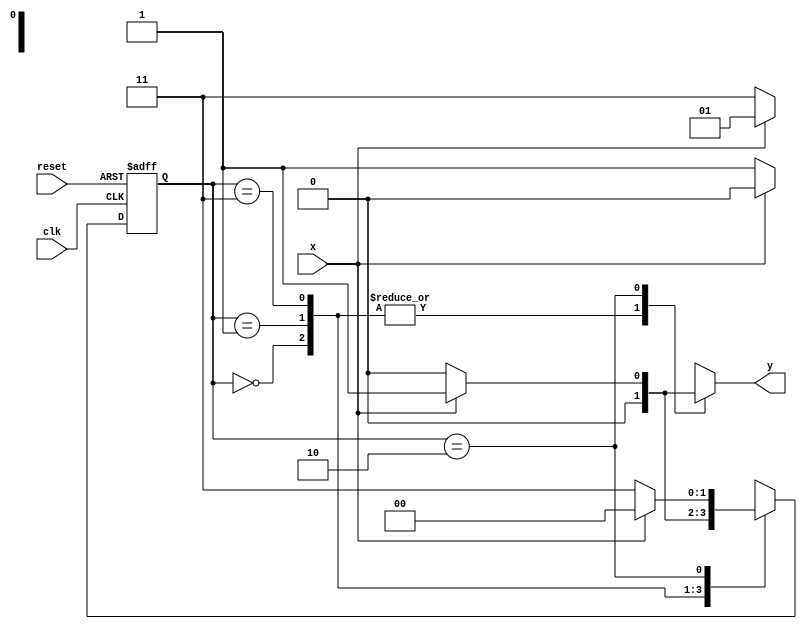
// -------------------------
// Exemplo0056 - Mealy (000 ou  111)
// Nome: Rayan Darwin 
// ------------------------- 

//------
//--Mealy FSM
//------

//constant definitions
`define found 1
`define notfound 0

//FSM by Mealy
module mealy000111(y, x, clk, reset);
	output y;
	input x;
	input clk;
	input reset;
	
	reg y;

	parameter //state identifiers
	start = 3'b000, 
	
	id1 = 3'b001, 
	id11 = 3'b011, 
	
	id110 = 3'b010,
	id010 = 3'b000;

	reg[1:0]E1; //current state variables
	reg[1:0]E2; //next stat logic output

	//next state logic
	always @(x or E1) begin
		y = `notfound;
	case(E1)
	start:
		if(x)
			E2 = id1;
		else
			E2 = id11;
//----------------------------------------	
	id1:
		if(x)
			E2 = id110;
		else
			E2 = id11;
	id11:
		if(x)
			E2 = id1;
		else
			E2 = id010;			
//----------------------------------------				
	//----------------------------//
//----------------------------------------	
   id110:
		if(x) begin
			E2 = start;
			y = `found;
		end
		else begin
			E2 = id11;
			y = `notfound;
		end
		
	id010:
		if(x) begin
			E2 = id1;
			y = `notfound;
		end
		else begin
			E2 = start;
			y = `found;
		end
//----------------------------------------		
	default:  //undefined state
		E2 = 2'bxx;
	endcase
	
	end // always at signal or state changing

	//state variables
	always @(posedge clk or negedge reset) begin
		if(reset)
			E1 = E2; //updates current state
		else
			E1 = 0; //reset

	end // always at signal changing

endmodule // mealy000111	

module testMealy000111; 
	reg clk, reset, x; 
	wire m1; 
		
		mealy000111 mealy1 ( m1, x, clk, reset ); 

	initial begin 
		$display ("Exemplo0056 - Rayan Darwin - 412770");
		$display ( "Time 	X  Mealy" ); 
		
		// initial values 
		clk = 1; 
		reset = 0; 
		x = 0; 
		
		// input signal changing 
		#5 reset = 1; 
		#10 x = 1; 
		#10 x = 1; 
		#10 x = 1; 
		#10 x = 0; 
		#10 x = 1; 
		#10 x = 0; 
		#10 x = 0;
		#10 x = 0; 
		#10 x = 1; 
		#10 x = 1;
		#10 x = 1; 
		#10 x = 0; 
		#10 x = 0; 
		#10 x = 1; 
		#10 x = 1; 
		#10 x = 1;
		#30 $finish; 
		
	end // initial 
		
	always 
		#5 clk = ~clk; 
		
	always @( posedge clk ) begin 
		$display ( "%4d %4b %4b", $time, x, m1 ); 
	
	end // always at positive edge clocking changing 

endmodule // testMealy000111